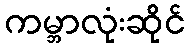
ကမ္ဘာလုံးဆိုင်